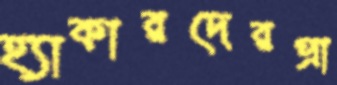
হ্যাকারদেরপ্রা